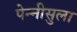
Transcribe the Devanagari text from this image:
पेन्‍नीसुला